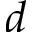
d